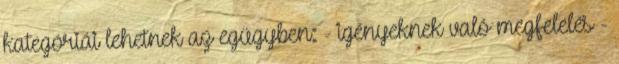
kategóriái lehetnek az egügyben: - igényeknek való megfelelés -